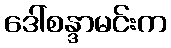
ဒေါ်စန္ဒာမင်းက